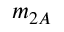
m _ { 2 A }